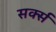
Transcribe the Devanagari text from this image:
सर्क्स